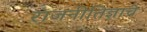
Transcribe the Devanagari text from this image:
राजनीतिज्ञाचे